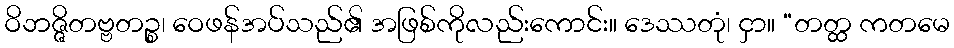
ဝိဘဇ္ဇိတဗ္ဗတဉ္စ၊ ဝေဖန်အပ်သည်၏ အဖြစ်ကိုလည်းကောင်း။ ဒေဿတုံ၊ ငှာ။ “တတ္ထ ကတမေ